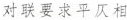
对联要求平仄相